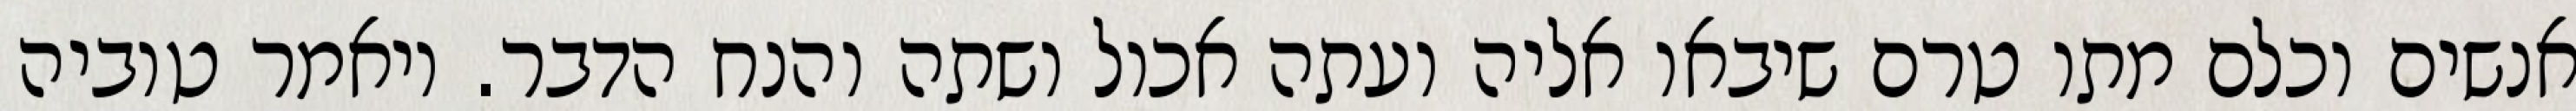
אנשים וכלם מתו טרם שיבאו אליה ועתה אכול ושתה והנח הדבר. ויאמר טוביה